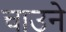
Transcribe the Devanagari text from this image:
चाउने